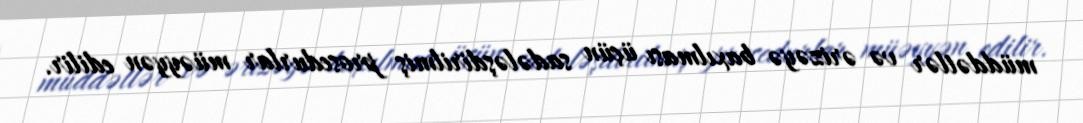
müddətlər və ərizəyə baxılması üçün sadələşdirilmiş prosedurlar müəyyən edilir.